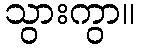
သွားကွာ။